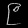
Digit: ၉